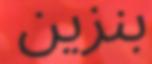
بنزين